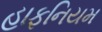
હાફનિયમ